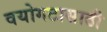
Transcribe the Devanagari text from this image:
वयोगटासाठी